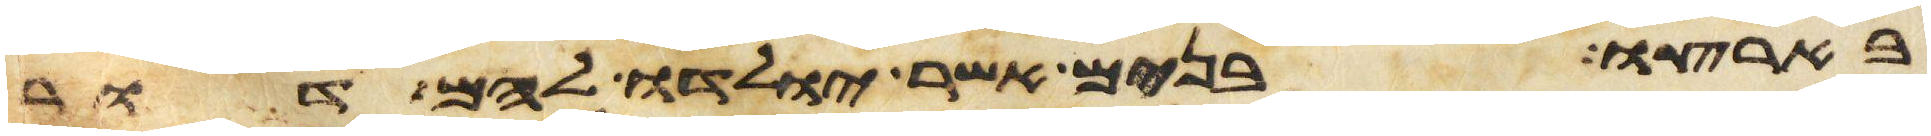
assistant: בארצו בנים אשר יולדו להם דור